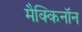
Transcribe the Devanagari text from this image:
मैक्किनॉन